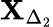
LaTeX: \mathbf{X}_{\Delta_{2}}